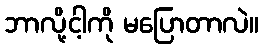
ဘာလို့ငါ့ကို မပြောတာလဲ။